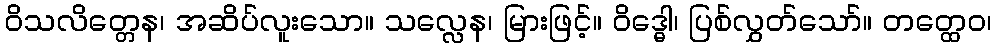
ဝိသလိတ္တေန၊ အဆိပ်လူးသော။ သလ္လေန၊ မြားဖြင့်။ ဝိဒ္ဓေါ၊ ပြစ်လွှတ်သော်။ တတ္ထေဝ၊